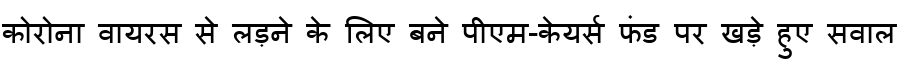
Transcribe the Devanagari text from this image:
कोरोना वायरस से लड़ने के लिए बने पीएम-केयर्स फंड पर खड़े हुए सवाल